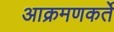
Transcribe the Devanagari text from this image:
आक्रमणकर्ते